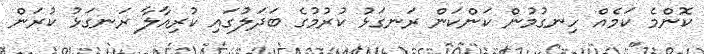
ކޮންމެ ކަމެއް ހިނގުމުން ކަންކަން ރަނގަޅު ކުރުމުގެ ބަދަލުގައި ކުރިއާލާ ރަނގަޅު ކުރަން